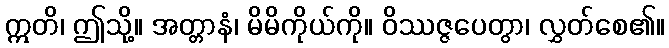
ဣတိ၊ ဤသို့။ အတ္တာနံ၊ မိမိကိုယ်ကို။ ဝိဿဇ္ဇပေတွာ၊ လွှတ်စေ၏။